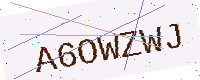
Text: A6OWZWJ